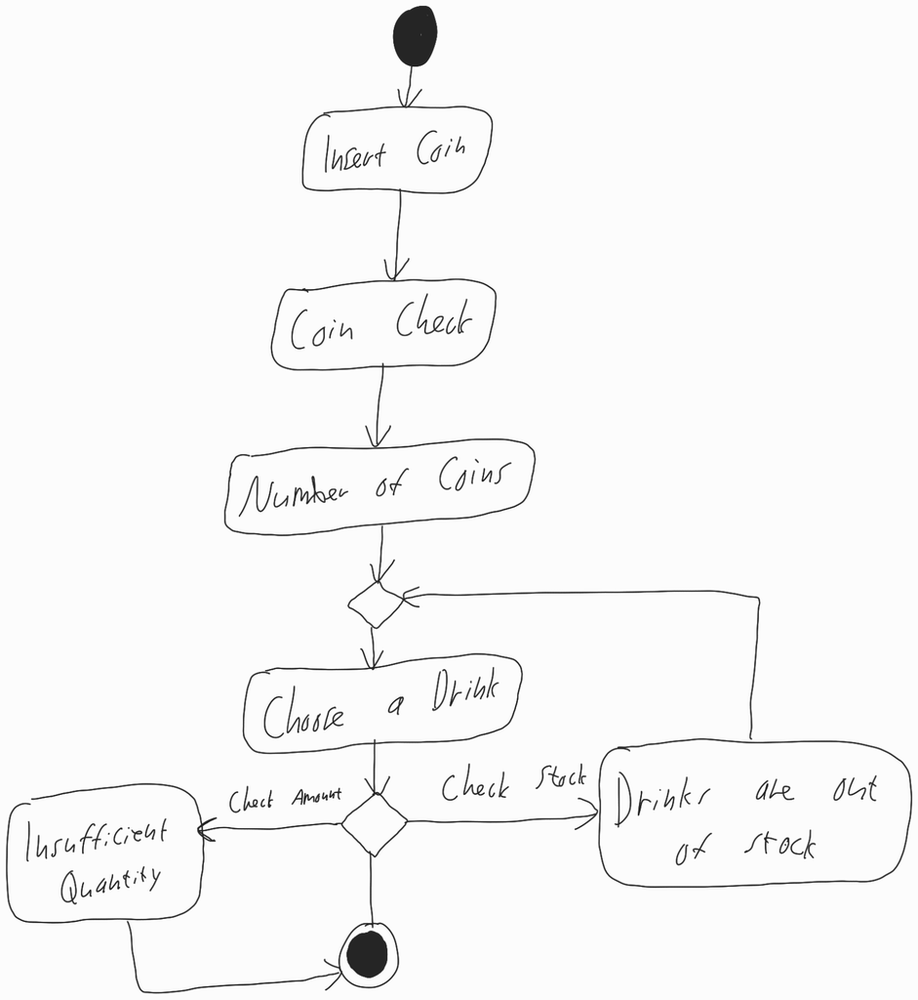
Diagram type: activity_diagram
```plantuml
@startuml

start

:Insert Coin;

:Coin Check;

:Number of Coins;

repeat
  :Choose a Drink;

backward:Drinks are out of stock;
repeat while () is (Check Stock)

-> Check Amount;
:Insufficient Quantity;

stop

@enduml
```